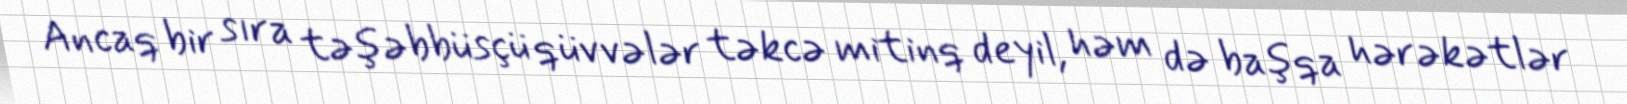
Ancaq bir sıra təşəbbüsçü qüvvələr təkcə mitinq deyil, həm də başqa hərəkətlər